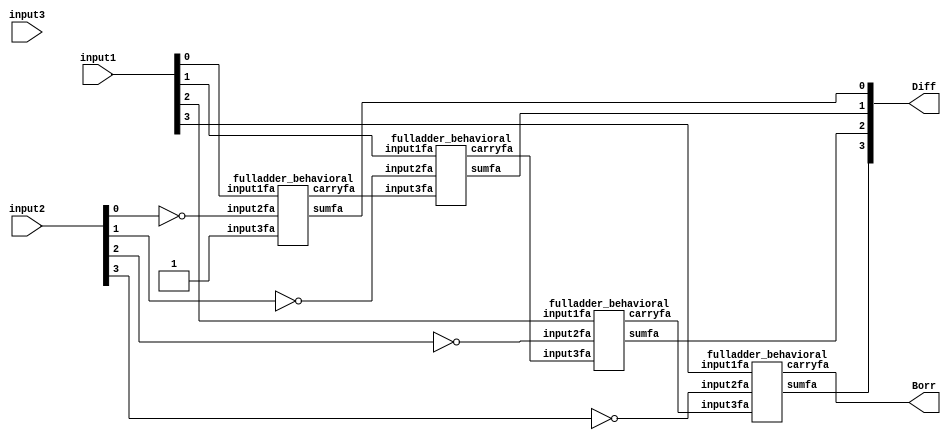

module fourbit_subtractor(Diff, Borr, input1, input2, input3);

output [3:0] Diff;
output Borr;
input [3:0] input1, input2;
wire [2:0] carrybetween;
input input3;

fulladder_behavioral fs1 (.sumfa(Diff[0]), .carryfa(carrybetween[0]), .input1fa(input1[0]), .input2fa(~input2[0]), .input3fa(1'b1));
fulladder_behavioral fs2 (.sumfa(Diff[1]), .carryfa(carrybetween[1]), .input1fa(input1[1]), .input2fa(~input2[1]), .input3fa(carrybetween[0]));
fulladder_behavioral fs3 (.sumfa(Diff[2]), .carryfa(carrybetween[2]), .input1fa(input1[2]), .input2fa(~input2[2]), .input3fa(carrybetween[1]));
fulladder_behavioral fs4 (.sumfa(Diff[3]), .carryfa(Borr), .input1fa(input1[3]), .input2fa(~input2[3]), .input3fa(carrybetween[2]));


endmodule


module fulladder_behavioral(sumfa, carryfa, input1fa, input2fa, input3fa);

  input input1fa , input2fa, input3fa;
  output reg sumfa , carryfa;

  //Behavioral

  always @(*)
    begin
      sumfa = input1fa  ^ input2fa ^ input3fa;
      carryfa = (input1fa & input2fa) | (input2fa & input3fa) | (input1fa & input3fa);
    end


endmodule


module fourbit_subtractor_test;

  //inputs
  reg [3:0]input1;
  reg [3:0]input2;
  reg input3;

  //outputs
  wire [3:0]Diff;
  wire Borr;

  //instantiat unit under test
  fourbit_subtractor ha ( .Diff(Diff), .Borr(Borr), .input1(input1), .input2(input2), .input3(input3));

  initial begin
    input1 = 4'b0000;
    input2 = 4'b0000;
    input3 = 0;
  end
  
  always #1 input2 = input2 + 1'b1;
  always #2 input1 = input1 + 1'b1;

  initial begin
    $dumpfile("fourbit_subtractor.vcd");
    $dumpvars(0, fourbit_subtractor_test);
    $monitor("time=%g,Diff =%b,Borr =%b,a=%b,b=%b,c=%b", $time, Diff, Borr, input1, input2, input3);
  end
  initial #100 $finish; 

endmodule